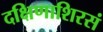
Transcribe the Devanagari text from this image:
दक्षिणाशिरसं